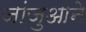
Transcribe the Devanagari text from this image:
जांजुआने